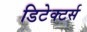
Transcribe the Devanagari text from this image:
डिटेक्टर्स